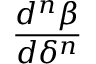
\frac { d ^ { n } \beta } { d \delta ^ { n } }